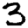
Digit: 3